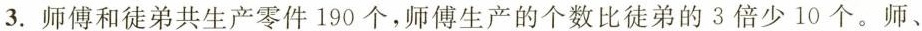
3. 师傅和徒弟共生产零件190个，师傅生产的个数比徒弟的3倍少10个。师、